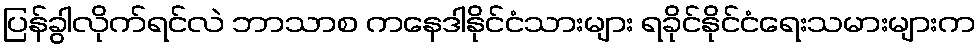
ပြန်ခွါလိုက်ရင်လဲ ဘာသာစ ကနေဒါနိုင်ငံသားများ ရခိုင်နိုင်ငံရေးသမားများက